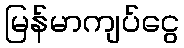
မြန်မာကျပ်ငွေ